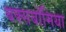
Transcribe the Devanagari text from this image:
बक्सबॉमिया